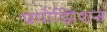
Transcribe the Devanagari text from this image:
प्रपोझिशन